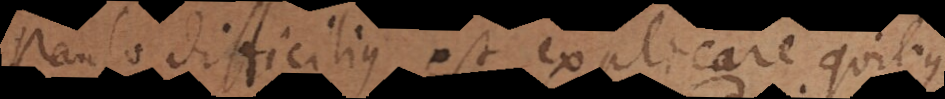
Paulo difficilius est explicare quibus